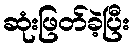
ဆုံးဖြတ်ခဲ့ပြီး